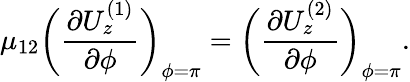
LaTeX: \mu_{12}\bigg(\frac{\partial U_{z}^{(1)}}{\partial\phi}\bigg)_{\phi=\pi}=\bigg(\frac{\partial U_{z}^{(2)}}{\partial\phi}\bigg)_{\phi=\pi}.